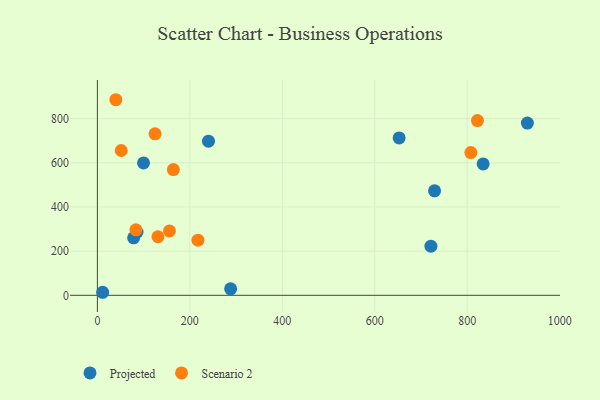
{"axis": {"x": "Price", "y": "Sales"}, "legend": ["Projected", "Scenario 2"], "data": [{"x": "729.4", "y": 473.3, "type": "Projected"}, {"x": "834.5", "y": 595.0, "type": "Projected"}, {"x": "288.2", "y": 29.5, "type": "Projected"}, {"x": "652.8", "y": 712.9, "type": "Projected"}, {"x": "85.7", "y": 286.3, "type": "Projected"}, {"x": "721.5", "y": 222.3, "type": "Projected"}, {"x": "78.4", "y": 260.5, "type": "Projected"}, {"x": "11.3", "y": 13.7, "type": "Projected"}, {"x": "930.2", "y": 779.8, "type": "Projected"}, {"x": "99.8", "y": 599.6, "type": "Projected"}, {"x": "240.3", "y": 698.2, "type": "Projected"}, {"x": "164.3", "y": 569.2, "type": "Scenario 2"}, {"x": "39.9", "y": 885.7, "type": "Scenario 2"}, {"x": "217.5", "y": 249.7, "type": "Scenario 2"}, {"x": "51.5", "y": 655.8, "type": "Scenario 2"}, {"x": "131.0", "y": 265.1, "type": "Scenario 2"}, {"x": "124.6", "y": 731.4, "type": "Scenario 2"}, {"x": "807.9", "y": 646.4, "type": "Scenario 2"}, {"x": "155.9", "y": 291.7, "type": "Scenario 2"}, {"x": "83.4", "y": 296.3, "type": "Scenario 2"}, {"x": "822.2", "y": 791.1, "type": "Scenario 2"}]}